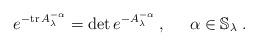
LaTeX: \begin{align*}e^{-\mathrm{tr}\,A_\lambda^{-\alpha}}=\mathrm{det}\,e^{-A_\lambda^{-\alpha}}\;,\;\;\;\;\;\alpha\in\mathbb{S}_\lambda\;.\end{align*}